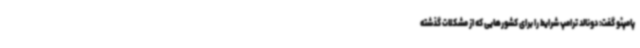
پامپئو گفت: دونالد ترامپ شرایط را برای کشورهایی که از مشکلات گذشته